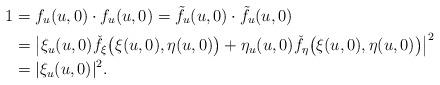
LaTeX: \begin{align*} 1 &= f_u(u,0)\cdot f_u(u,0) = \tilde f_u(u,0)\cdot \tilde f_u(u,0)\\ &= \left|\xi_u(u,0)\check f_{\xi}\bigl(\xi(u,0),\eta(u,0)\bigr) +\eta_u(u,0)\check f_{\eta}\bigl(\xi(u,0),\eta(u,0)\bigr) \right|^2\\ & =|\xi_u(u,0)|^2. \end{align*}